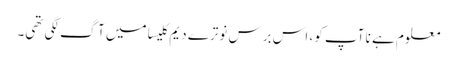
معلوم ہے نا آپ کو، اس برس نوترے دیم کلیسا میں آگ لگی تھی۔